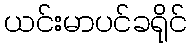
ယင်းမာပင်ခရိုင်